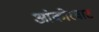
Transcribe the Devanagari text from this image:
आंकोरवाट